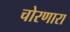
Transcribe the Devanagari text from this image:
चोरणारा